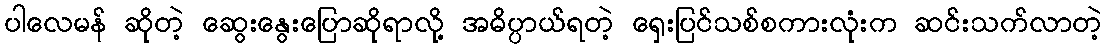
ပါလေမန် ဆိုတဲ့ ဆွေးနွေးပြောဆိုရာလို့ အဓိပ္ပာယ်ရတဲ့ ရှေးပြင်သစ်စကားလုံးက ဆင်းသက်လာတဲ့